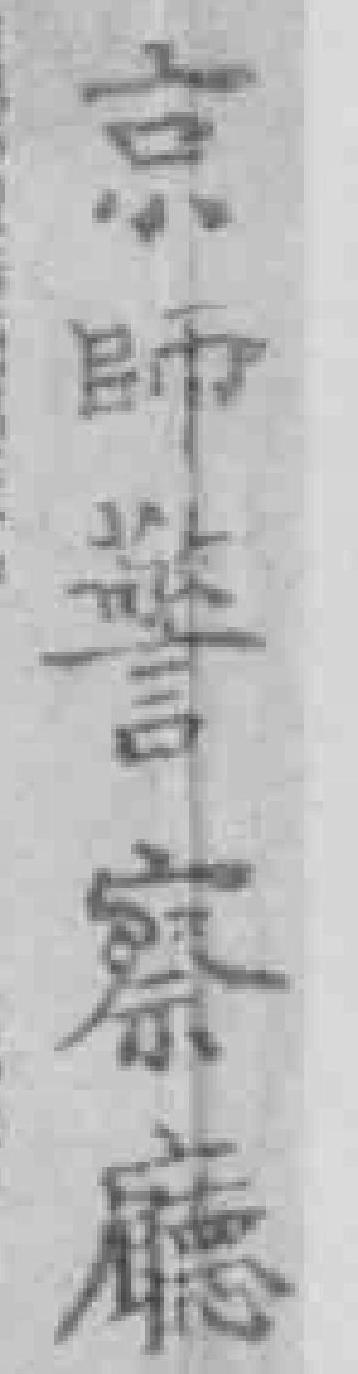
京師警察廳